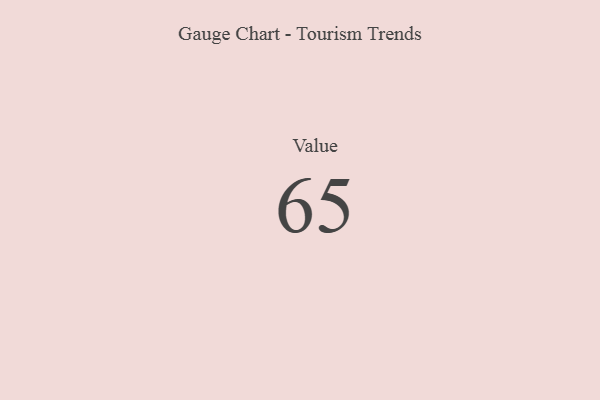
{"axis": {"x": "Metric", "y": "Value"}, "legend": [""], "data": [{"x": "Value", "y": 65, "type": ""}]}